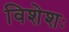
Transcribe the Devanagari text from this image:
विशेशः